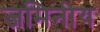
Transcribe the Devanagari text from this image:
जमिनीय